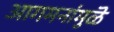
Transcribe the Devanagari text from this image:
आगमनांमुळॆ